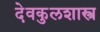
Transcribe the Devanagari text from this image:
देवकुलशास्त्र